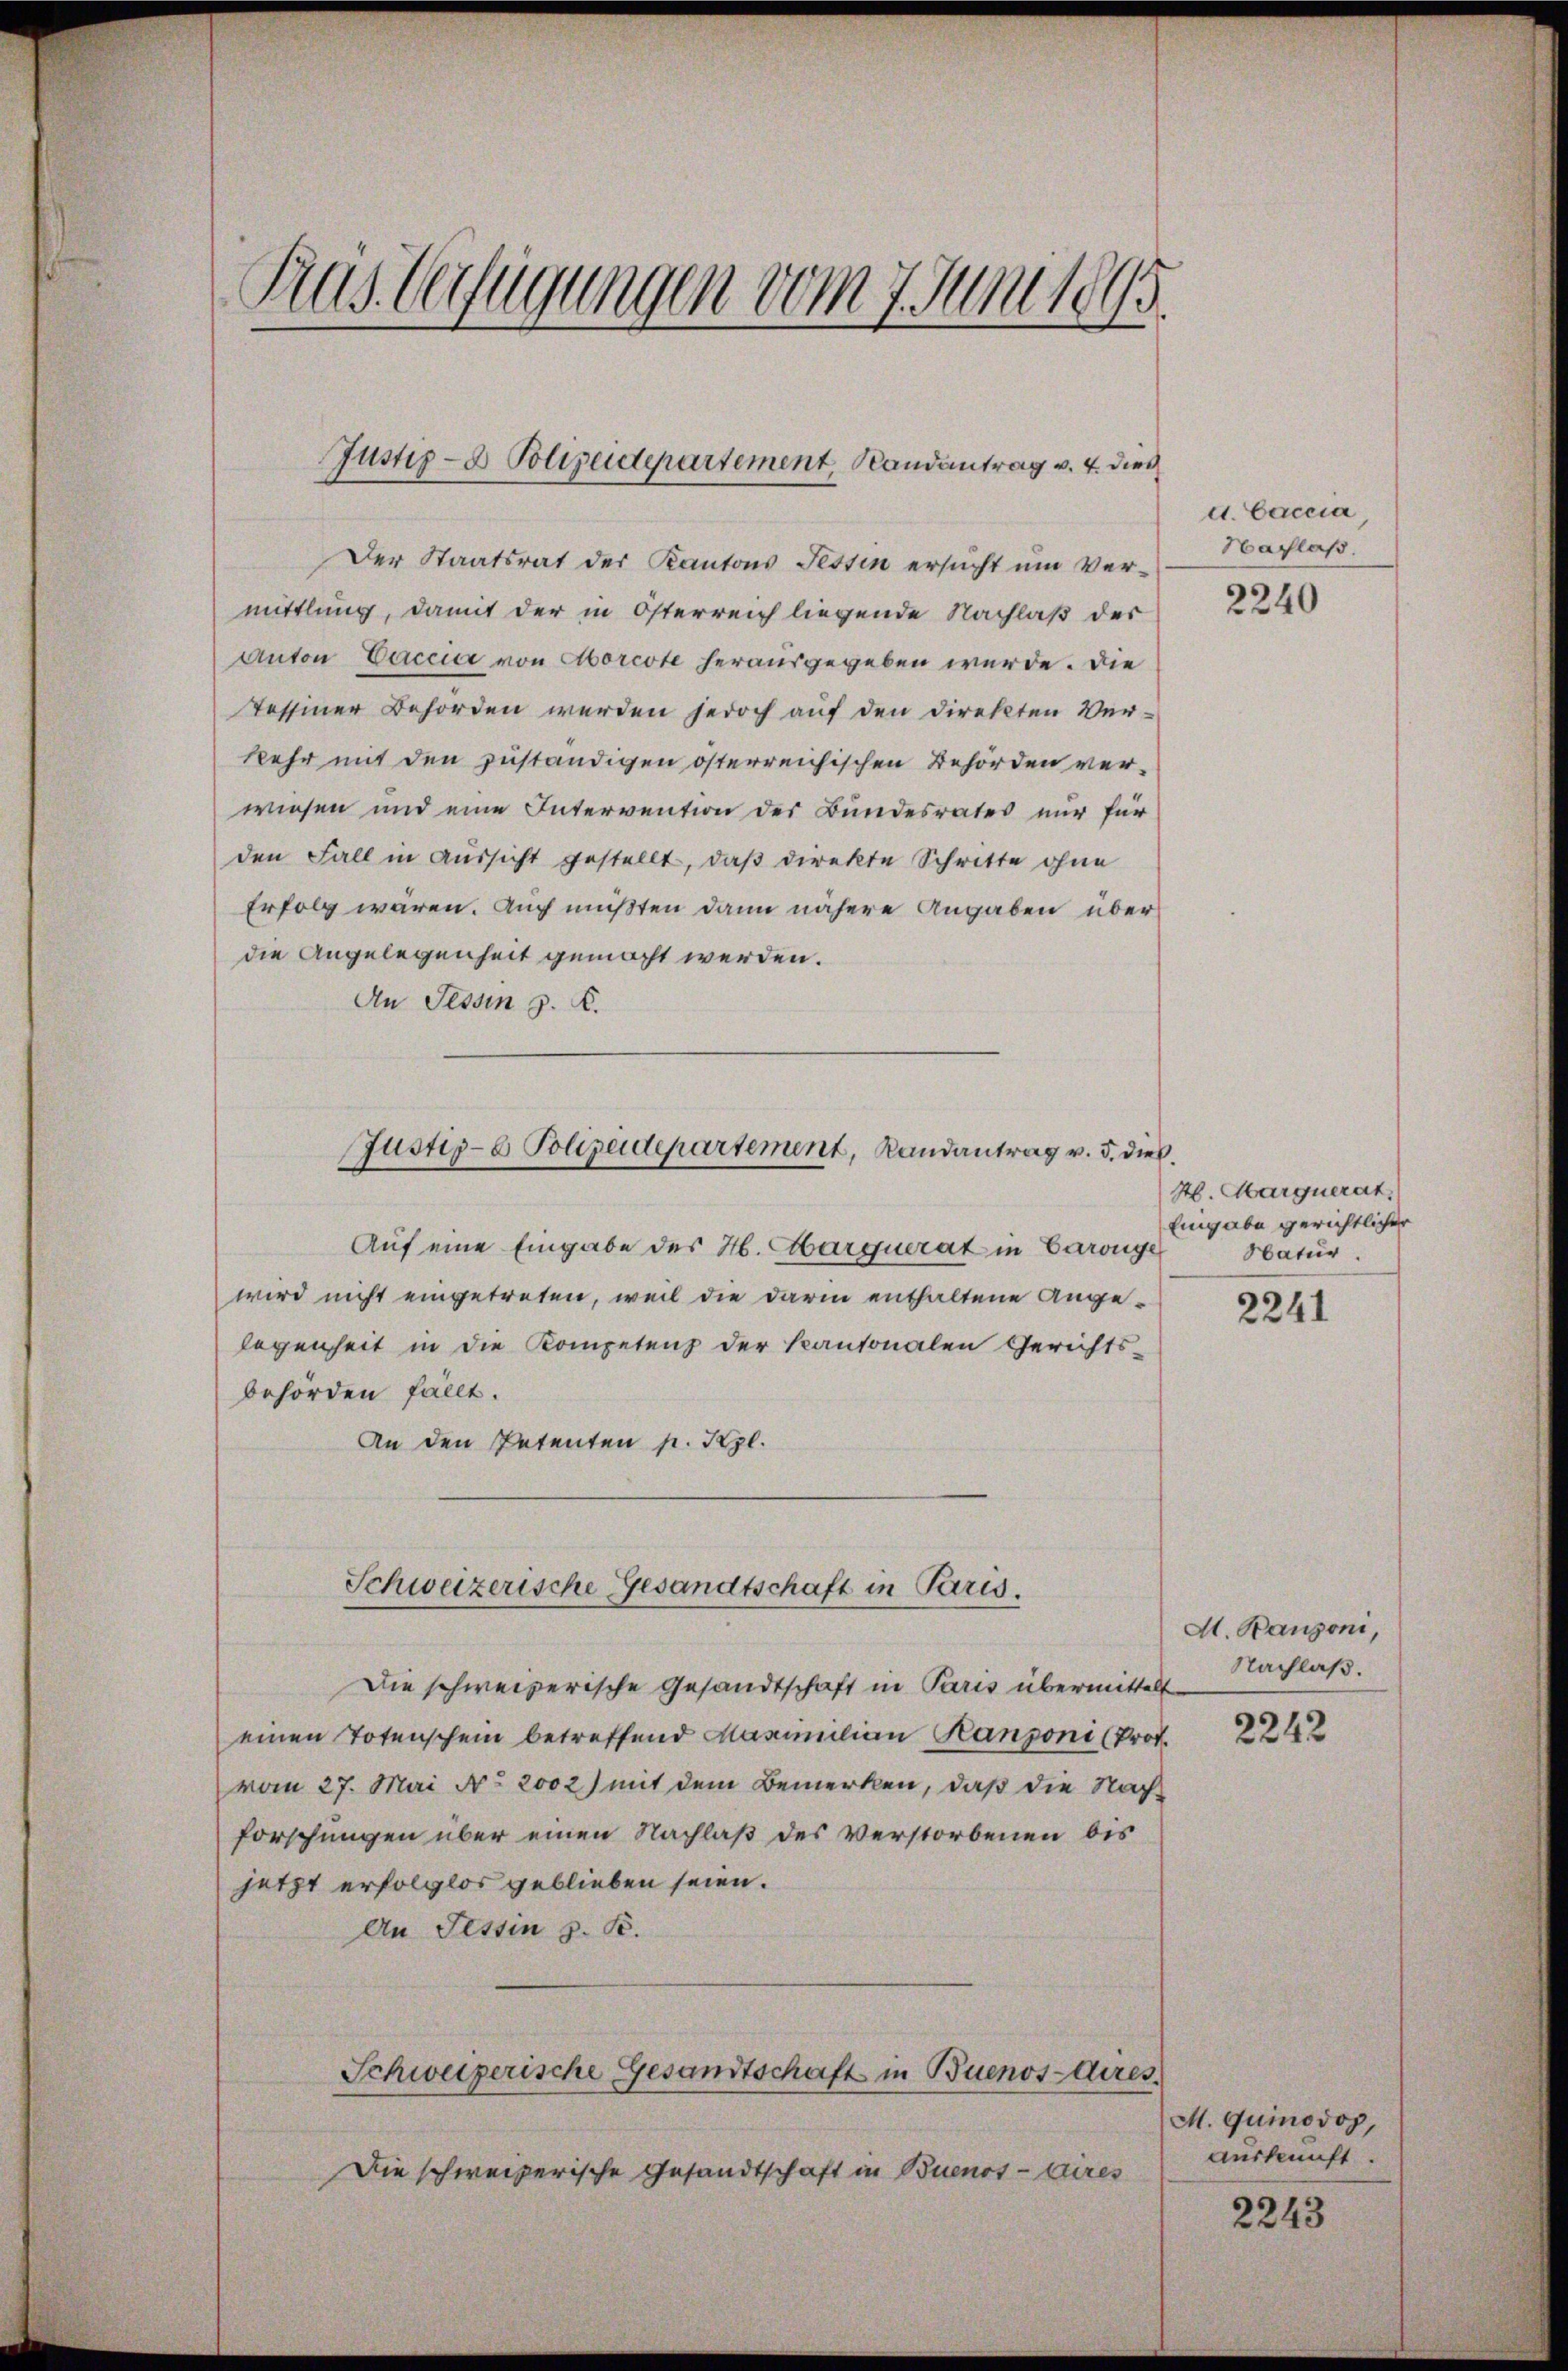
Ras Verfügungen vom 7. Juni 1895.

Justiz- & Polizeidepartement, Randantrag v. 4. dies

Der Staatsrat der Kantons Tessin ersucht um Vermittlung, damit der in Österreich liegende Nachlaß der
Anton Vaccice von Aborcote herausgegeben werde. Die
Tessiner Behörden werden jedoch auf den Direkten Ver-
kehr mit den zuständigen österreichischen Behörden verwiesen und eine Intervention des Bundesrates nur für
den Fall in Aussicht gestellt, daß direkte Schritte ohne
Erfolg wären. Auch mußten dann nähere Angaben überdie Angelegenheit gemacht werden.
An Tessin z. B.
Auf eine Eingabe des H. Marquerat in Caronge
wird nicht eingetreten, weil die darin enthaltene Angelegenheit in die Kompetenz der Kantonalen Gerichts-
behörden fällt.
An den Petenten p. Kzl.
Schweizerische Gesandtschaft in Paris.
Die schweizerische Gesandtschaft in Paris übermitte
einen Totenschein betreffend Maximilian Kanzoni (Prot
vom 27. Mai No 2002) mit dem Bemerken, daß die Nachforschungen über einen Nachlaß des Verstorbenen bis
jetzt erfolglos geblieben seien.
An Tessin z. B.
Schweizerische Gesandtschaft in Buenos-Aires.
Die schweizerische Gesandtschaft in Buenos-Aires

Justiz- & Polizeidepartement, Landantrag v. 5. dies

d. Caccia
Hachlaß.

2240

H. Marquerat,
Eingabe gerichtlicher
Hatur.

2241

M. Panzoni,
Nachlaß.
t

2242

M. quinodop,
Auskunft.

2243